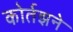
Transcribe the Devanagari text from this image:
कोर्तझने